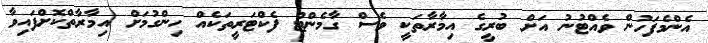
އެންމެފަހުން ވެއްޓުނު އަށް ބުރީގެ އިމާރާތަކީ ވެސް ގާމެންޓް ފެކްޓަރީތަކެއް ހިންގުމަށް އިމާރާތްކޮށްފައިވާ